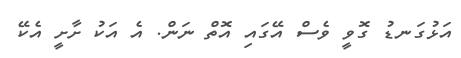
އަޅުގަނޑު ގޮވީ ވެސް އޭގައި އޮތް ނަން. އެ އަކު ށާށީ އެކޭ